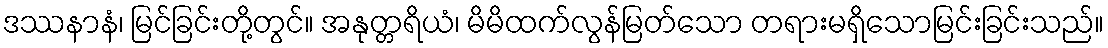
ဒဿနာနံ၊ မြင်ခြင်းတို့တွင်။ အနုတ္တရိယံ၊ မိမိထက်လွန်မြတ်သော တရားမရှိသောမြင်းခြင်းသည်။